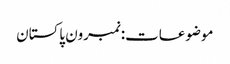
موضوعات:نمبرون پاکستان